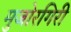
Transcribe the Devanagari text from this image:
मुजोरगिरी